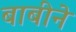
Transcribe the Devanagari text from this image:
बाबीने